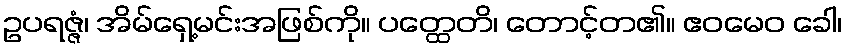
ဥပရဇ္ဇံ၊ အိမ်ရှေ့မင်းအဖြစ်ကို။ ပတ္ထေတိ၊ တောင့်တ၏။ ဧဝမေဝ ခေါ၊